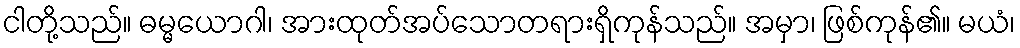
ငါတို့သည်။ ဓမ္မယောဂါ၊ အားထုတ်အပ်သောတရားရှိကုန်သည်။ အမှာ၊ ဖြစ်ကုန်၏။ မယံ၊